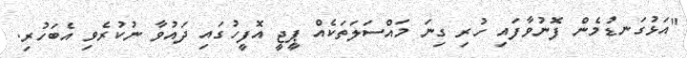
"އަޅުގަނޑުމެން ފޮނުވާފައި ހުރި ގިނަ މައްސަލަތަކެއް ޕީޖީ އޮފީހުގައި ދައުވާ ނުކުރެވި އެބަހުރި.